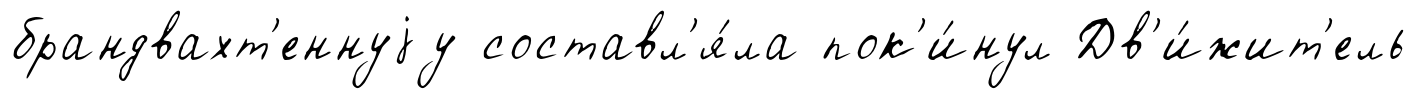
брандвахт'еннуjу составл'я́ла пок'и́нул Дв'и́жит'ель